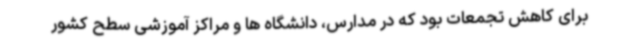
برای کاهش تجمعات بود که در مدارس، دانشگاه ها و مراکز آموزشی سطح کشور